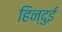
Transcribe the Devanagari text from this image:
हिन्दुई